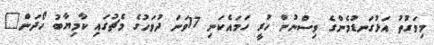
މިވަގުތު އަޅުގަނޑުމެންގެ ވިސްނުން ހުރީ ހަމައެކަނި 17ވަނަ ދުވަހުގެ މެޗުގައި ކާމިޔާބު ހޯދަން"